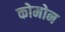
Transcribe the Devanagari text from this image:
कोमोन